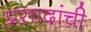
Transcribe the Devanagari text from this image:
प्रसादांची